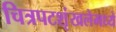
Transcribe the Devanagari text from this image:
चित्रपटशृंखलेमध्ये